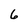
Character: 6